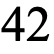
42